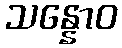
သန္နောဝ